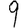
Digit: 9